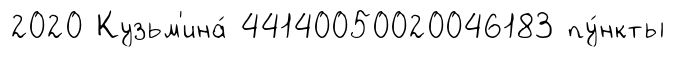
2020 Кузьм'ина́ 44140050020046183 пу́нкты